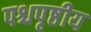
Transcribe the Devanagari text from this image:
पश्चपृष्ठीय